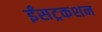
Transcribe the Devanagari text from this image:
ईंसट्रकशन